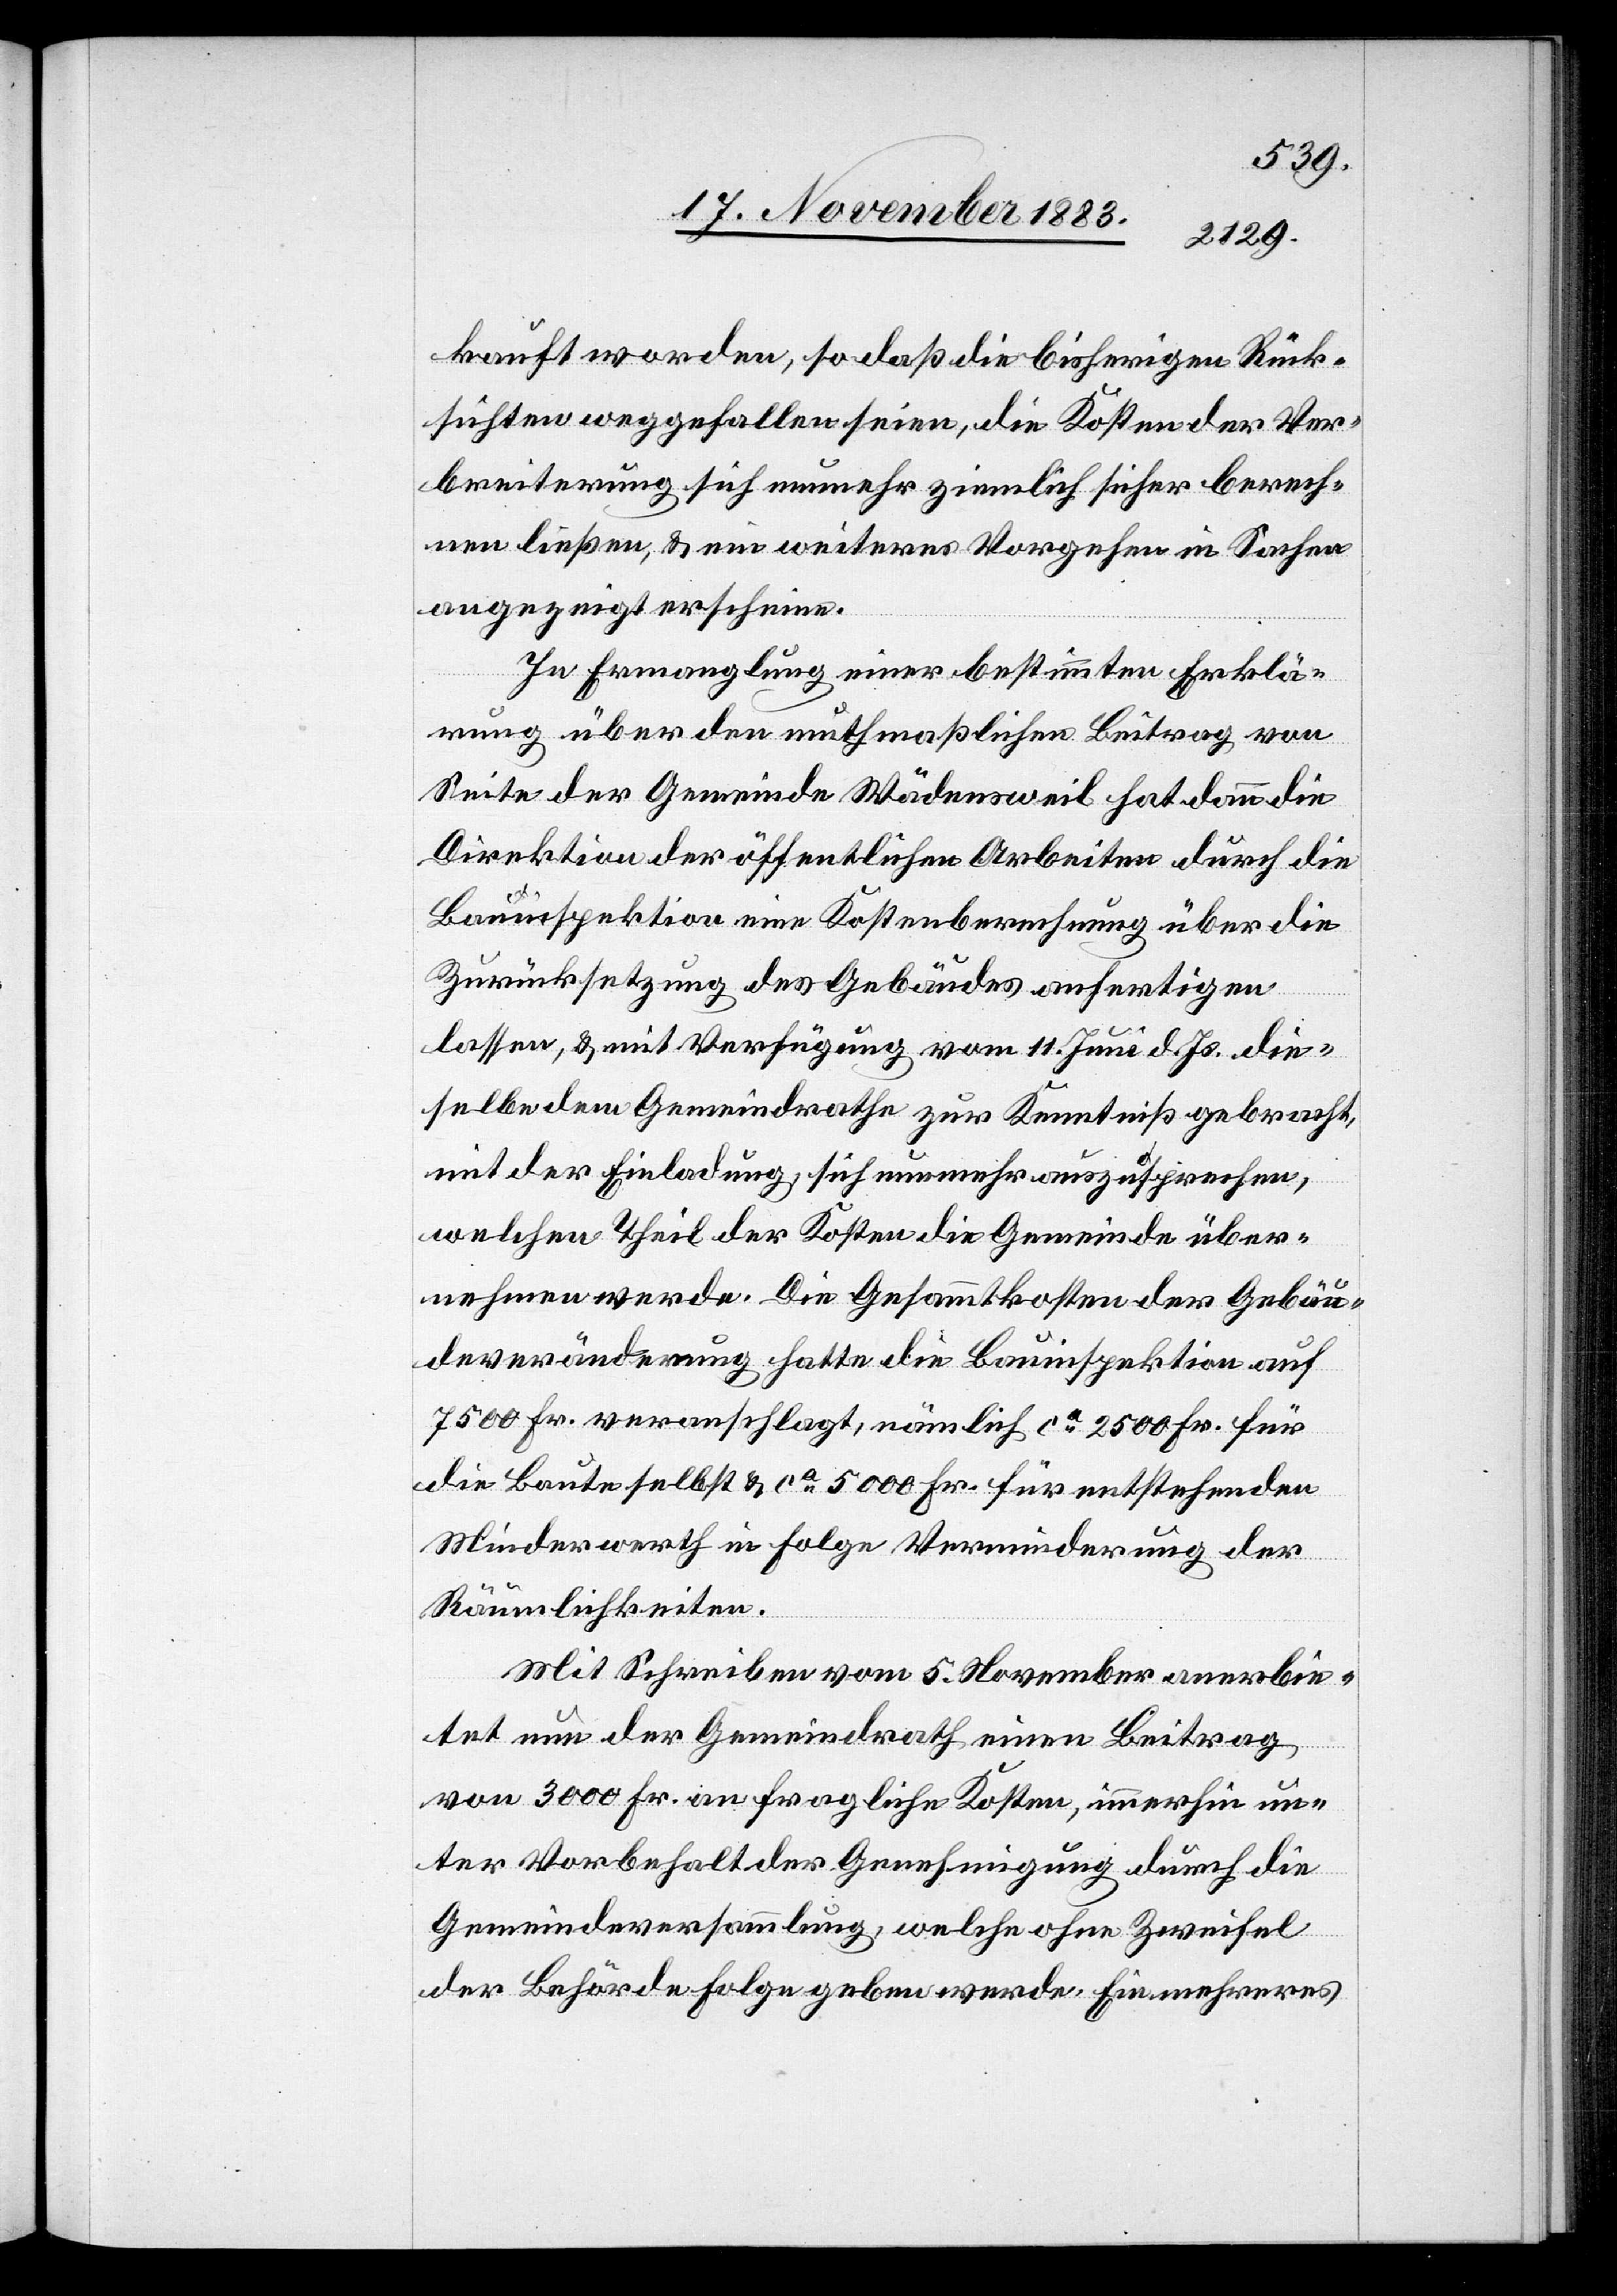
kauft worden, so daß die bisherigen Rück¬
sichten weggefallen seien, die Kosten der Ver¬
beiterung sich nunmehr ziemlich sicher berech¬
nen ließen, & ein weiteres Vorgehen in Sachen
angezeigt erscheine.
In Ermanglung einer bestimmten Erklä¬
rung über den muthmaßlichen Beitrag von
Seite der Gemeinde Wädensweil hat dann die
Direktion der öffentlichen Arbeiten durch die
Bauinspektion eine Kostenberechnung über die
Zurücksetzung des Gebäudes anfertigen
lassen, & mit Verfügung vom 11. Juni d. Js die¬
selbe dem Gemeindrathe zur Kenntniß gebracht,
mit der Einladung, sich nunmehr auszusprechen,
welchen Theil der Kosten die Gemeinde über¬
nehmen werde. Die Gesammtkosten der Gebäu¬
deveränderung hatte die Bauinspektion auf
7500 Fr. veranschlagt, nämlich ca 2500 Fr. für
die Baute selbst & ca 5000 Fr. für entstehenden
Minderwerth in Folge Verminderung der
Räumlichkeiten.
Mit Schreiben vom 5. November anerbie¬
tet nun der Gemeindrath einen Beitrag
von 3000 Fr. an fragliche Kosten, immerhin un¬
ter Vorbehalt der Genehmigung durch die
Gemeindeversammlung, welche ohne Zweifel
der Behörde Folge geben werde. Ein mehreres